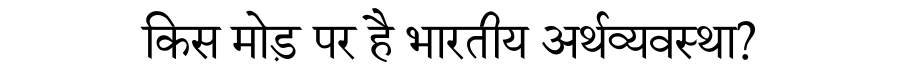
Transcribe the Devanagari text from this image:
किस मोड़ पर है भारतीय अर्थव्यवस्था?